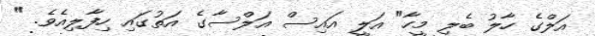
އަލްގެ ހާލު ބެލި މީހާ" އަލީ އައިސް އަލްސާގެ އަތުގައި ހިފާލިއެވެ. "